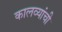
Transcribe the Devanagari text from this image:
कालव्यांची